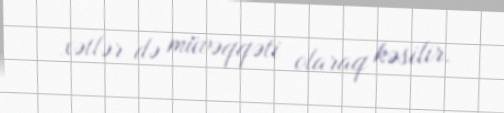
xətlər də müvəqqəti olaraq kəsilir.